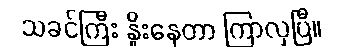
သခင်ကြီး နှိုးနေတာ ကြာလှပြီ။